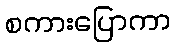
စကားပြောကာ